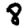
Digit: 8